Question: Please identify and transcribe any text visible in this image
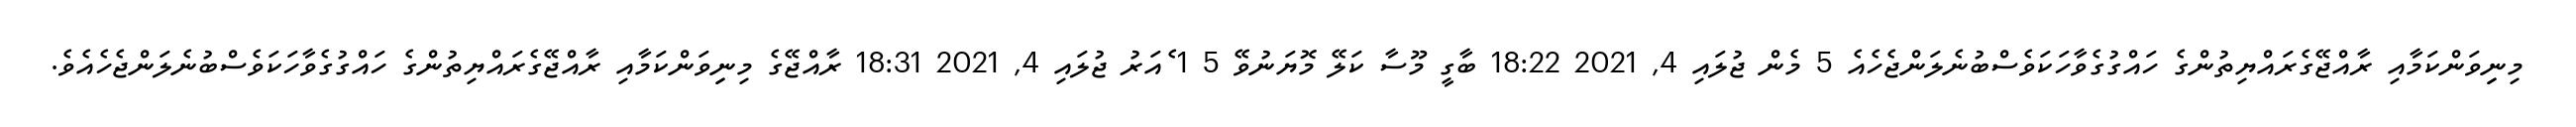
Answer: މިނިިވަންކަމާއި ރާއްޖޭގެރައްޔިތުންގެ ހައްގުގެވާހަކަވެސްބުނެލަންޖެހެއެ 5 މެން ޖުލައި 4, 2021 18:22 ބާގީ މޫސާ ކަލޭ މޮޔަނުވޭ 5 1 ެއަރު ޖުލައި 4, 2021 18:31 ރާއްޖޭގެ މިނިިވަންކަމާއި ރާއްޖޭގެރައްޔިތުންގެ ހައްގުގެވާހަކަވެސްބުނެލަންޖެހެއެވެ.